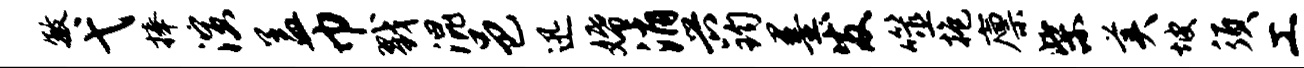
敏弋捧演盖巾戮混邑迅婚消兴钧墨发噬抱廪柴美坡须工